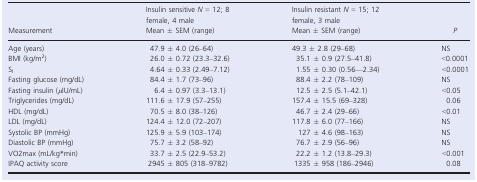
<table><thead><tr><td><b>Measurement</b></td><td><b>Insulin sensitive <i>N</i> = 12; 8 female, 4 male Mean ± SEM (range)</b></td><td><b>Insulin resistant <i>N</i> = 15; 12 female, 3 male Mean ± SEM (range)</b></td><td><b><i>P</i></b></td></tr></thead><tbody><tr><td>Age (years)</td><td>47.9 ± 4.0 (26–64)</td><td>49.3 ± 2.8 (29–68)</td><td>NS</td></tr><tr><td>BMI (kg/m<sup>2</sup>)</td><td>26.0 ± 0.72 (23.3–32.6)</td><td>35.1 ± 0.9 (27.5–41.8)</td><td>&lt;0.0001</td></tr><tr><td>S<sub>I</sub></td><td>4.64 ± 0.33 (2.49–7.12)</td><td>1.55 ± 0.30 (0.56—2.34)</td><td>&lt;0.0001</td></tr><tr><td>Fasting glucose (mg/dL)</td><td>84.4 ± 1.7 (73–96)</td><td>88.4 ± 2.2 (78–109)</td><td>NS</td></tr><tr><td>Fasting insulin (<i>μ</i>IU/mL)</td><td>6.4 ± 0.97 (3.3–13.1)</td><td>12.5 ± 2.5 (5.1–42.1)</td><td>&lt;0.05</td></tr><tr><td>Triglycerides (mg/dL)</td><td>111.6 ± 17.9 (57–255)</td><td>157.4 ± 15.5 (69–328)</td><td>0.06</td></tr><tr><td>HDL (mg/dL)</td><td>70.5 ± 8.0 (38–126)</td><td>46.7 ± 2.4 (29–66)</td><td>&lt;0.01</td></tr><tr><td>LDL (mg/dL)</td><td>124.4 ± 12.0 (72–207)</td><td>117.8 ± 6.0 (77–166)</td><td>NS</td></tr><tr><td>Systolic BP (mmHg)</td><td>125.9 ± 5.9 (103–174)</td><td>127 ± 4.6 (98–163)</td><td>NS</td></tr><tr><td>Diastolic BP (mmHg)</td><td>75.7 ± 3.2 (58–92)</td><td>76.7 ± 2.9 (56–96)</td><td>NS</td></tr><tr><td>VO2max (mL/kg<sup>*</sup>min)</td><td>33.7 ± 2.5 (22.9–53.2)</td><td>22.2 ± 1.2 (13.8–29.3)</td><td>&lt;0.001</td></tr><tr><td>IPAQ activity score</td><td>2945 ± 805 (318–9782)</td><td>1335 ± 958 (186–2946)</td><td>0.08</td></tr></tbody></table>